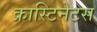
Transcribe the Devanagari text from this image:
क्रास्टिनेटस